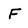
Character: F